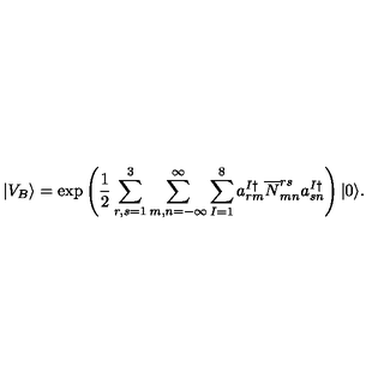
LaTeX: | V _ { B } \rangle = \mathrm { e x p } \left( \frac { 1 } { 2 } \sum _ { r , s = 1 } ^ { 3 } \sum _ { m , n = - \infty } ^ { \infty } \sum _ { I = 1 } ^ { 8 } a _ { r m } ^ { I \dagger } \overline { { N } } _ { m n } ^ { r s } a _ { s n } ^ { I \dagger } \right) | 0 \rangle .